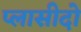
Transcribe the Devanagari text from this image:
प्लासीदो